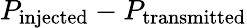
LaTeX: P_{\mathrm{injected}}-P_{\mathrm{transmitted}}